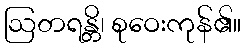
ဩတရန္တိ၊ စုဝေးကုန်၏။